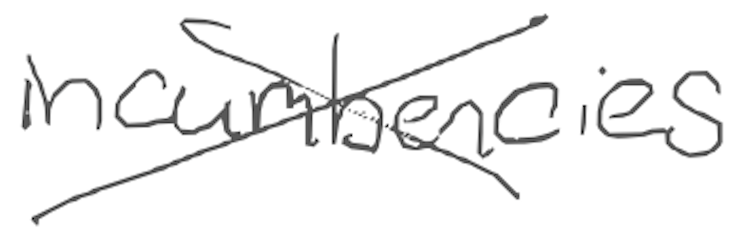
Text: incumbencies
Cross-out: cross
Writing tool: digital_gray